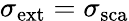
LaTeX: \sigma_{\mathrm{{ext}}}=\sigma_{\mathrm{{sca}}}